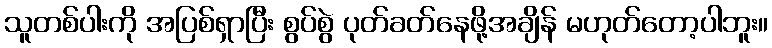
သူတစ်ပါးကို အပြစ်ရှာပြီး စွပ်စွဲ ပုတ်ခတ်နေဖို့အချိန် မဟုတ်တော့ပါဘူး။